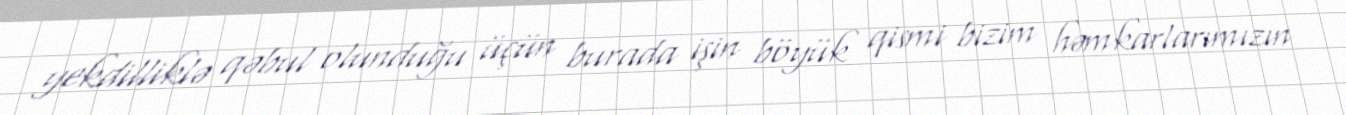
yekdilliklə qəbul olunduğu üçün burada işin böyük qismi bizim həmkarlarımızın